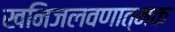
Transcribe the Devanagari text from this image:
खनिजलवणात्मक